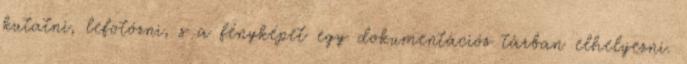
kutatni, lefotózni, s a fényképet egy dokumentációs tárban elhelyezni.